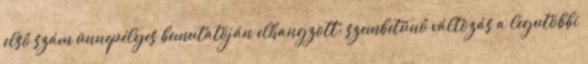
első szám ünnepélyes bemutatóján elhangzott: szembetűnő változás a legutóbbi